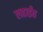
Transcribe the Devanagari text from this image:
लढाईंत